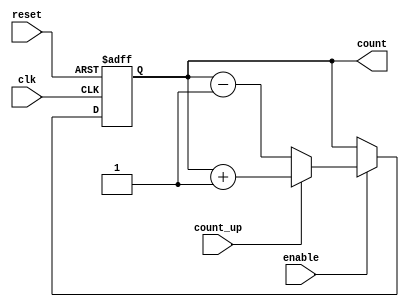
module cascaded_counter (
    input wire clk,          // Clock input
    input wire reset,        // Asynchronous reset
    input wire enable,       // Enable signal
    input wire count_up,     // Count up when high, count down when low
    output reg [N-1:0] count // Output count
);
    parameter N = 4; // Number of stages (4-bit counter)

    // Internal registers for each flip-flop
    reg [N-1:0] flip_flops;

    always @(posedge clk or posedge reset) begin
        if (reset) begin
            flip_flops <= 0; // Reset all flip-flops to 0
        end else if (enable) begin
            if (count_up) begin
                flip_flops <= flip_flops + 1; // Increment count
            end else begin
                flip_flops <= flip_flops - 1; // Decrement count
            end
        end
    end

    // Assign the internal flip-flops to the output count
    always @(*) begin
        count = flip_flops;
    end

endmodule